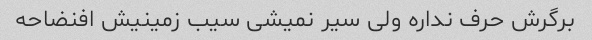
برگرش حرف نداره ولی سیر نمیشی سیب زمینیش افنضاحه